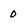
Character: 0